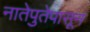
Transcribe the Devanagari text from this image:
नातेपुतेपासून